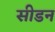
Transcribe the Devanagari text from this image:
सीडन